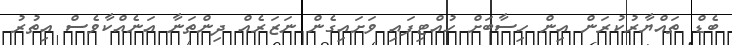
ބެޑް ތައްޔާރުކުރަން އިން ހިސާބަށް ހުއްޓިފައި ވަށައިގެން ނަޒަރެއް ދިންތަނާ އަނެއްކާވެސް އިތުރު